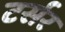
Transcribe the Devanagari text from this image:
टर्सर